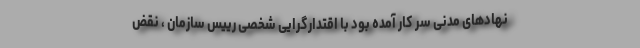
نهادهای مدنی سر کار آمده بود با اقتدارگرایی شخصی رییس سازمان ، نقض